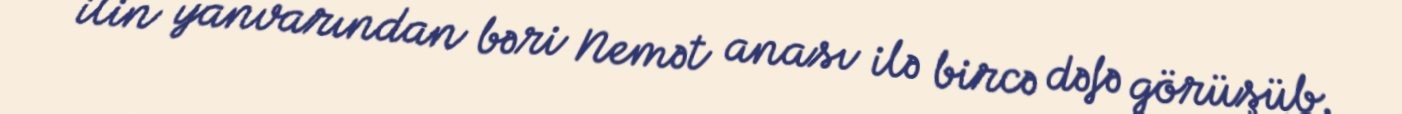
ilin yanvarından bəri Nemət anası ilə bircə dəfə görüşüb.